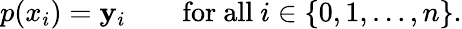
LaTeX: p(x_{i})=\mathbf{y}_{i}\qquad{\mathrm{{for~all~}}}i\in\left\{ 0,1,\dots,n\right\} .